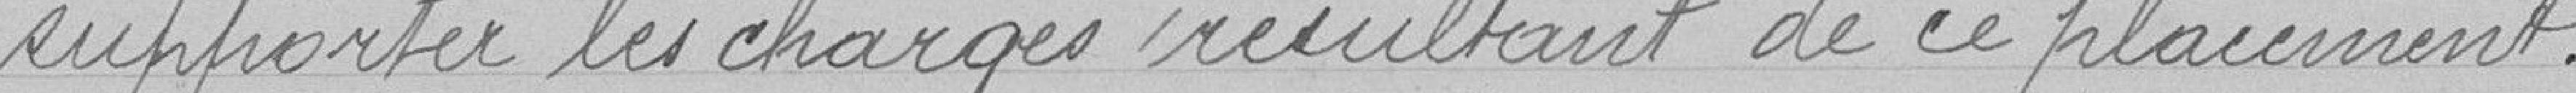
supporter les charges résultant de ce lacement.